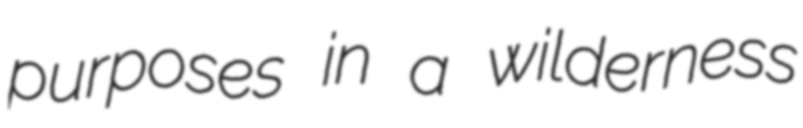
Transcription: purposes in a wilderness